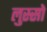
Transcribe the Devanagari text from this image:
लुस्सो